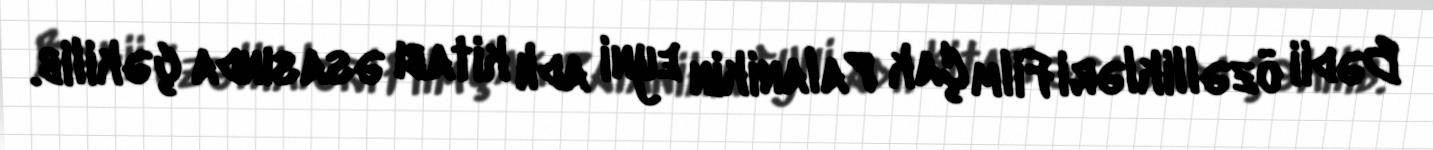
Bədii özəllikləri Film Çak Palanikin eyni adlı kitabı əsasında çəkilib.